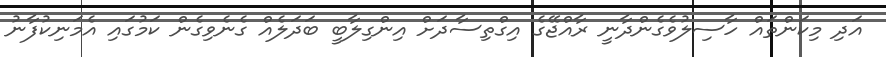
އަދި މިކަންތައް ހާސިލުވެގެންދާނީ ރާއްޖޭގެ އިގްތިސާދަށް އިންގިލާބީ ބަދަލެއް ގެނެވިގެން ކަމުގައި އެމަނިކުފާނު